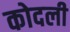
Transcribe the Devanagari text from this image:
कोदली